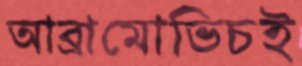
আব্রামোভিচই